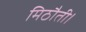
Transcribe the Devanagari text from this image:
मिठौती।